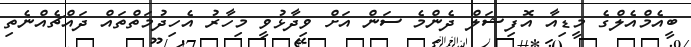
ބީއެމްއެލްގެ މީޑިއާ އޮފިޝަލް ދެންމެ ސަން އަށް ވިދާޅުވީ މިހާރު އެހިދުމަތްތައް ދައްޗެއްނެތި